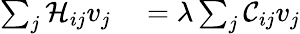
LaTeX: \begin{array}{rl}{\sum_{j}\mathcal{H}_{ij}v_{j}}&{{}=\lambda\sum_{j}\mathcal{C}_{ij}v_{j}}\end{array}